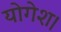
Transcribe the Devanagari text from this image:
योगेश।